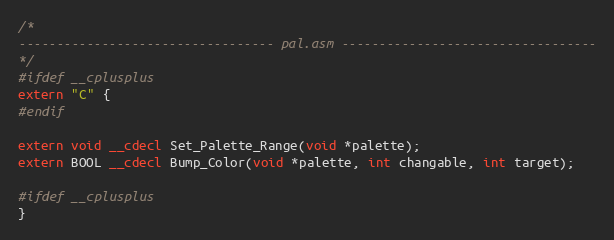
Language: C
/*
---------------------------------- pal.asm ----------------------------------
*/
#ifdef __cplusplus
extern "C" {
#endif

extern void __cdecl Set_Palette_Range(void *palette);
extern BOOL __cdecl Bump_Color(void *palette, int changable, int target);

#ifdef __cplusplus
}